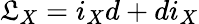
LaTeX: \mathfrak{L}_{X}=i_{X}d+di_{X}